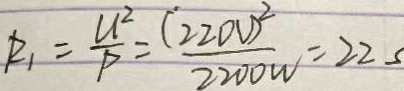
R _ { 1 } = \frac { U ^ { 2 } } { P } = \frac { ( 2 2 0 V ) ^ { 2 } } { 2 2 0 0 w } = 2 2 s